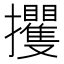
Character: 攫